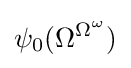
\psi _{0}(\Omega ^{\Omega ^{\omega }})